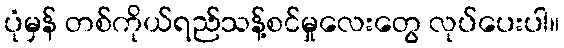
ပုံမှန် တစ်ကိုယ်ရည်သန့်စင်မှုလေးတွေ လုပ်ပေးပါ။